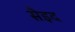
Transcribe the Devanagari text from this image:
सैइद